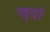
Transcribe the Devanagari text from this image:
खुर्दो